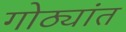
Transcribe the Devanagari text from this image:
गोठ्यांत